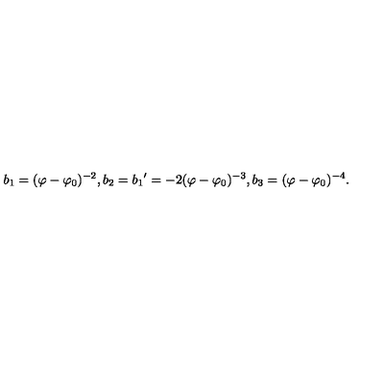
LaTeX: b _ { 1 } = ( \varphi - \varphi _ { 0 } ) ^ { - 2 } , b _ { 2 } = { b _ { 1 } } ^ { \prime } = - 2 ( \varphi - \varphi _ { 0 } ) ^ { - 3 } , b _ { 3 } = ( \varphi - \varphi _ { 0 } ) ^ { - 4 } .